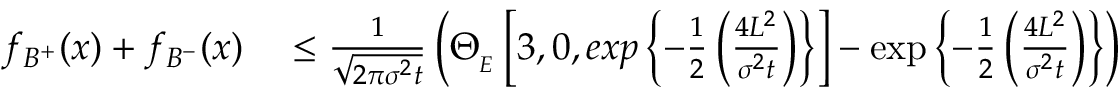
\begin{array} { r l } { f _ { B ^ { + } } ( x ) + f _ { B ^ { - } } ( x ) } & { { } \leq \frac { 1 } { \sqrt { 2 \pi \sigma ^ { 2 } t } } \left( \Theta _ { _ { E } } \left[ 3 , 0 , e x p \left\lbrace - \frac { 1 } { 2 } \left( \frac { 4 L ^ { 2 } } { \sigma ^ { 2 } t } \right) \right\rbrace \right] - \exp \left\lbrace - \frac { 1 } { 2 } \left( \frac { 4 L ^ { 2 } } { \sigma ^ { 2 } t } \right) \right\rbrace \right) } \end{array}